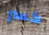
كسر